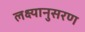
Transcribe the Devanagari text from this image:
लक्ष्यानुसरण